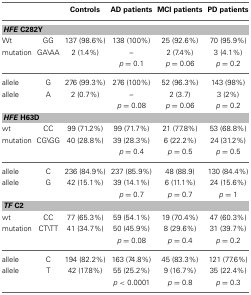
|  |  | Controls | AD patients | MCI patients | PD patients |
 | --- | --- | --- | --- | --- | --- |
 | <COLSPAN=6> HFE C282Y |
 | Wt | GG | 137 (98.6%) | 138 (100%) | 25 (92.6%) | 70 (95.9%) |
 | mutation | GA\ AA | 2 (1.4%) | – | 2 (7.4%) | 3 (4.1%) |
 |  |  |  | p = 0.1 | p = 0.06 | p = 0.2 |
 | allele | G | 276 (99.3%) | 276 (100%) | 52 (96.3%) | 143 (98%) |
 | allele | A | 2 (0.7%) | – | 2 (3.7) | 3 (2%) |
 |  |  |  | p = 0.08 | p = 0.06 | p = 0.2 |
 | <COLSPAN=6> HFE H63D |
 | wt | CC | 99 (71.2%) | 99 (71.7%) | 21 (77.8%) | 53 (68.8%) |
 | mutation | CG\ GG | 40 (28.8%) | 39 (28.3%) | 6 (22.2%) | 24 (31.2%) |
 |  |  |  | p = 0.4 | p = 0.5 | p = 0.5 |
 | allele | C | 236 (84.9%) | 237 (85.9%) | 48 (88.9) | 130 (84.4%) |
 | allele | G | 42 (15.1%) | 39 (14.1%) | 6 (11.1%) | 24 (15.6%) |
 |  |  |  | p = 0.7 | p = 0.7 | p = 1 |
 | <COLSPAN=6> TF C2 |
 | wt | CC | 77 (65.3%) | 59 (54.1%) | 19 (70.4%) | 47 (60.3%) |
 | mutation | CT\ TT | 41 (34.7%) | 50 (45.9%) | 8 (29.6%) | 31 (39.7%) |
 |  |  |  | p = 0.08 | p = 0.4 | p = 0.2 |
 | allele | C | 194 (82.2%) | 163 (74.8%) | 45 (83.3%) | 121 (77.6%) |
 | allele | T | 42 (17.8%) | 55 (25.2%) | 9 (16.7%) | 35 (22.4%) |
 |  |  |  | p < 0.0001 | p = 0.8 | p = 0.3 |